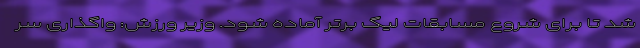
شد تا برای شروع مسابقات لیگ برتر آماده شود. وزیر ورزش: واگذاری سر